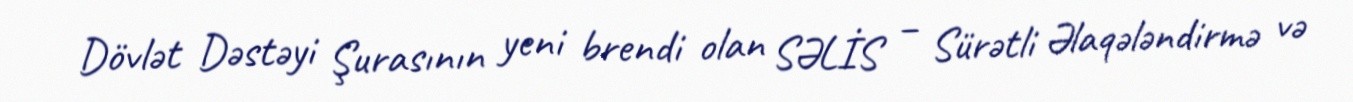
Dövlət Dəstəyi Şurasının yeni brendi olan SƏLİS – Sürətli Əlaqələndirmə və